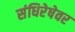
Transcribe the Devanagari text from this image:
संधिरेषेवर